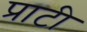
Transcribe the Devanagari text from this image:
प्राटी